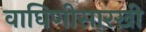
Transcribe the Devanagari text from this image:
वाघिणीसारखी